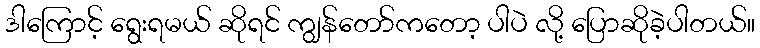
ဒါကြောင့် ရွေးရမယ် ဆိုရင် ကျွန်တော်ကတော့ ပါပဲ လို့ ပြောဆိုခဲ့ပါတယ်။